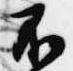
不